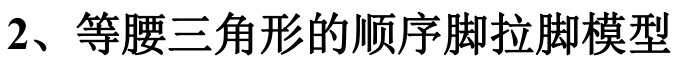
2、等腰三角形的顺序脚拉脚模型